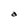
Character: a